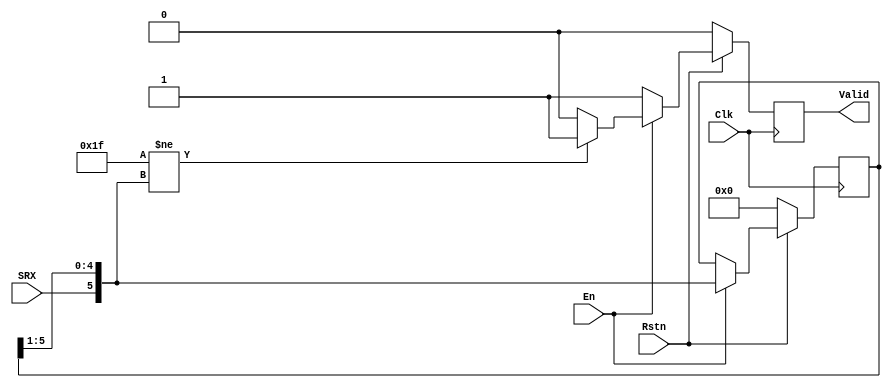
// verilog_format: off
`resetall
`timescale 1ns / 1ps
`default_nettype none
// verilog_format: on

module HDLC_RX_ZREO_DELETE (
    input  wire Clk,   // clock
    input  wire Rstn,  // low active reset
    input  wire En,    // high active enable
    input  wire SRX,   // serial rx data
    output reg  Valid  // SRXD is valid
);

    reg [5:0] data_shift_reg;  // shift register value latched
    wire [5:0] next_value;

    always @(posedge Clk) begin
        if (!Rstn) begin
            data_shift_reg <= 6'h00;
        end else if (En) begin
            data_shift_reg <= next_value;
        end
    end

    always @(posedge Clk) begin
        if (!Rstn) begin
            Valid <= 1'b0;
        end else if (En) begin
            Valid <= (6'b011111 != next_value) ? 1'b1 : 1'b0;
        end else begin
            Valid <= 1'b1;
        end
    end

    assign next_value = {SRX, data_shift_reg[5:1]};
endmodule

// verilog_format: off
`resetall
// verilog_format: on